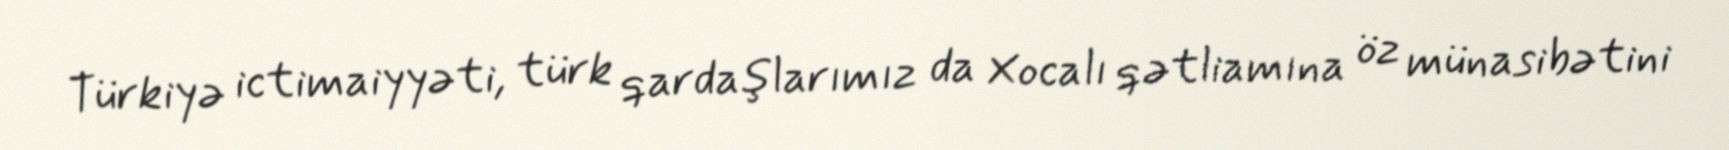
Türkiyə ictimaiyyəti, türk qardaşlarımız da Xocalı qətliamına öz münasibətini